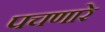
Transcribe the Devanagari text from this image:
पचणारे